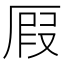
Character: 𠪅